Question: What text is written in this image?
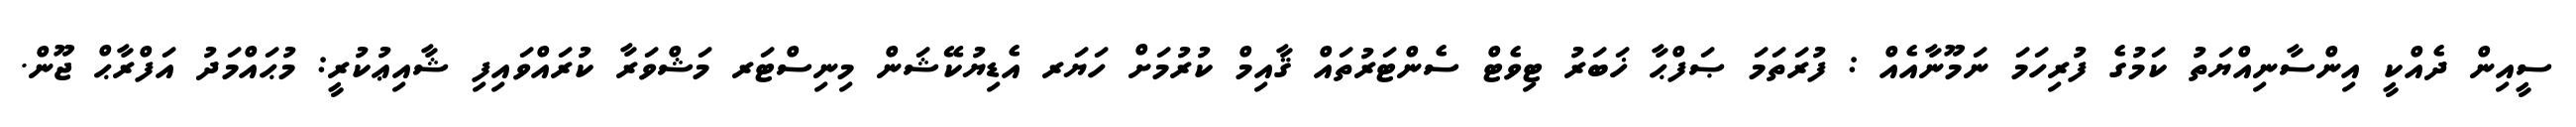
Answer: ސީއިން ދެއްކީ އިންސާނިއްޔަތު ކަމުގެ ފުރިހަމަ ނަމޫނާއެއް : ފުރަތަމަ ޞަފްޙާ ޚަބަރު ޓިވެޓް ސެންޓަރުތައް ޤާއިމް ކުރުމަށް ހަޔަރ އެޑިޔުކޭޝަން މިނިސްޓަރ މަޝްވަރާ ކުރައްވައިފި ޝާއިޢުކުރީ: މުޙައްމަދު އަފްރާޙް ޖޫން.